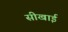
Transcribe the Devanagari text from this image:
सीखाई